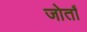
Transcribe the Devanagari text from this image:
जोताँ